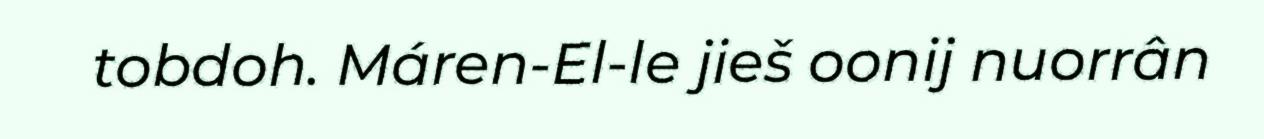
tobdoh. Máren-El-le jieš oonij nuorrân